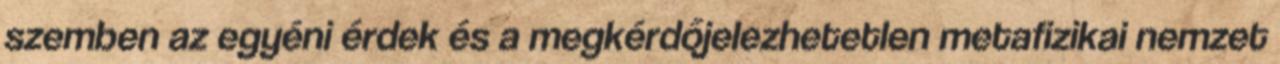
szemben az egyéni érdek és a megkérdőjelezhetetlen metafizikai nemzet